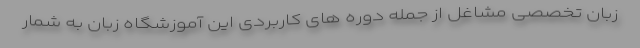
زبان تخصصی مشاغل از جمله دوره های کاربردی این آموزشگاه زبان به شمار